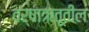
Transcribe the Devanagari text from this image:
वर्षाऋतूतील